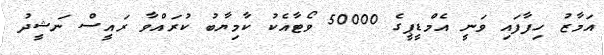
އަމާޒު ހިފާފައި ވަނީ އެމްޑީޕީގެ 50000 ވޯޓާއެކު ކާމިޔާބު ކުރައްވާ ރައީސް ނަޝީދު